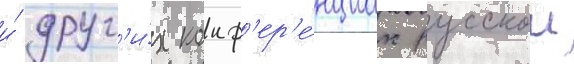
и́ друг'и́х конф'ер'е́нциах русскои